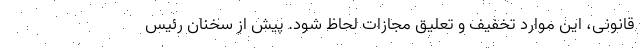
قانونی، این موارد تخفیف و تعلیق مجازات لحاظ شود. پیش از سخنان رئیس